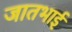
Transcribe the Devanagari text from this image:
जातभाई